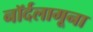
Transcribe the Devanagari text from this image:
नॉर्दलागूना